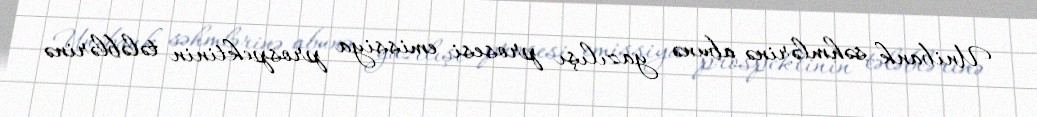
Unibank səhmlərinə abunə yazılışı prosesi emissiya prospektinin tələblərinə